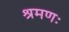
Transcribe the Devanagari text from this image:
श्रमणः